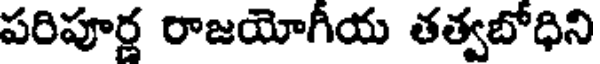
పరిపూర్ణ రాజయోగీయ తత్వబోధిని